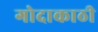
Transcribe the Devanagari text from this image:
गोदाकाठी